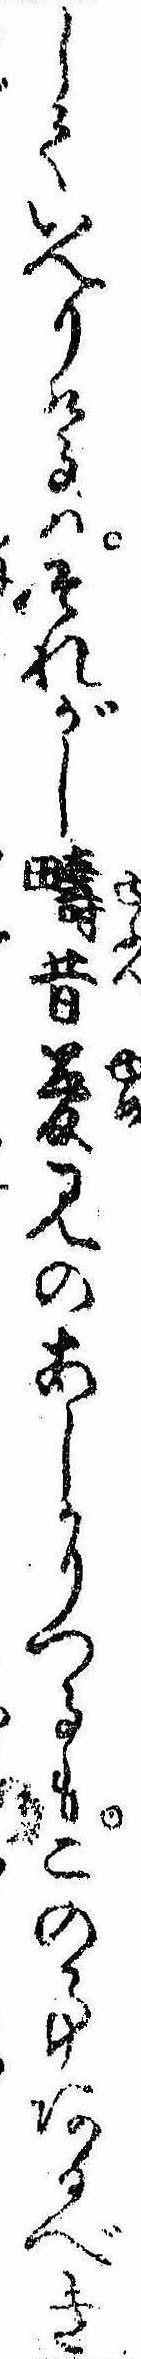
していへりけるはそれがし疇昔夢見のあしかりつるもこの事あるべき